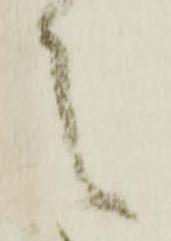
之